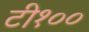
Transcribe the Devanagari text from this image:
टी१००